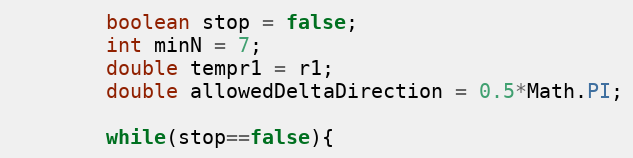
Language: Java
		boolean stop = false;
		int minN = 7;
		double tempr1 = r1;
		double allowedDeltaDirection = 0.5*Math.PI;

		while(stop==false){